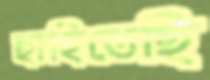
ছাহিতেছি